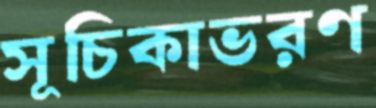
সূচিকাভরণ